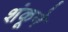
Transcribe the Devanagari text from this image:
शंकूने